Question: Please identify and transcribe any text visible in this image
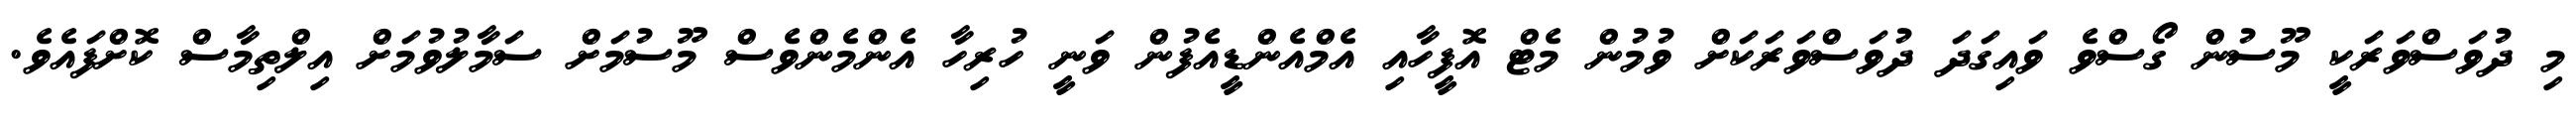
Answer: މި ދުވަސްވަރަކީ މޫސުން ގޯސްވެ ވައިގަދަ ދުވަސްވަރަކަށް ވުމުން މެޓް އޮފީހާއި އެމްއެންޑީއެފުން ވަނީ ހުރިހާ އެންމެންވެސް މޫސުމަށް ސަމާލުވުމަށް އިލްތިމާސް ކޮށްފައެވެ.